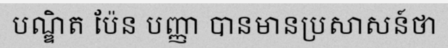
បណ្ឌិត ប៉ែន បញ្ញា បានមានប្រសាសន៍ថា